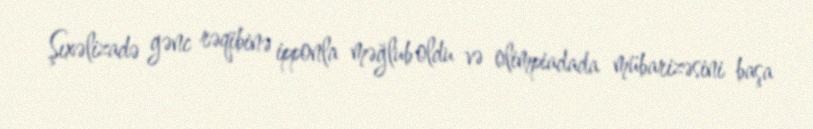
Şıxəlizadə gənc rəqibinə ipponla məğlub oldu və olimpiadada mübarizəsini başa